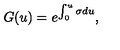
G ( u ) = e ^ { \int _ { 0 } ^ { u } \sigma d u } ,